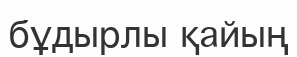
бұдырлы қайың